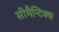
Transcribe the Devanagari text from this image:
सीमैन्टिक्स